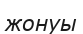
жонуы